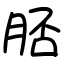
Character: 脴